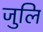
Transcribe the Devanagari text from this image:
जुलि